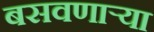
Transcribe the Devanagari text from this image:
बसवणार्‍या